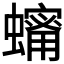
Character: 𧒫